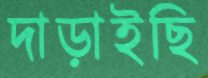
দাড়াইছি